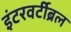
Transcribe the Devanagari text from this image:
इंटरवर्टीब्रल